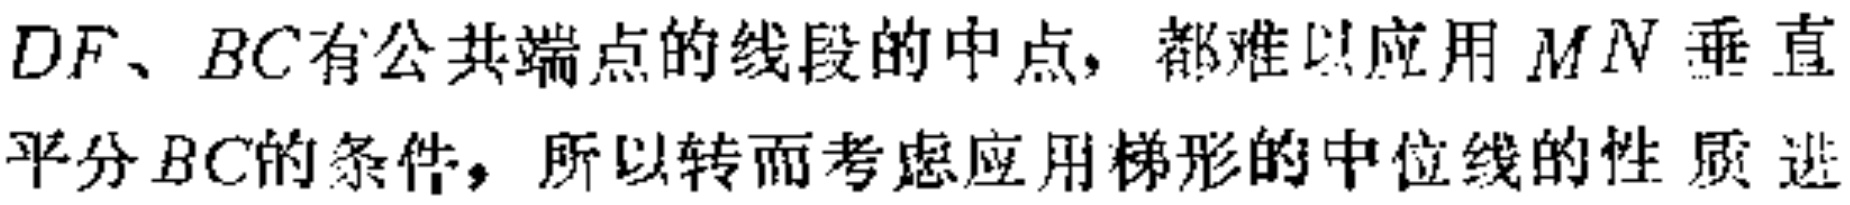
$DF、BC有公共端点的线段的中点，都难以应用MN垂直平分BC的条件，所以转而考虑应用梯形的中位线的性质进$